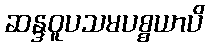
ဆန္ဒဝူပသမပစ္စယာပိ